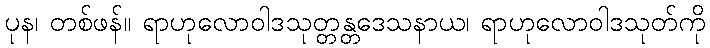
ပုန၊ တစ်ဖန်။ ရာဟုလောဝါဒသုတ္တန္တဒေသနာယ၊ ရာဟုလောဝါဒသုတ်ကို